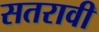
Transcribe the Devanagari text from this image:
सतरावी